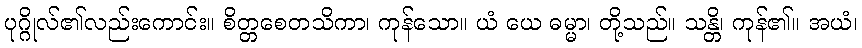
ပုဂ္ဂိုလ်၏လည်းကောင်း။ စိတ္တစေတသိကာ၊ ကုန်သော။ ယံ ယေ ဓမ္မာ၊ တို့သည်။ သန္တိ၊ ကုန်၏။ အယံ၊